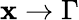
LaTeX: \mathbf{x}\rightarrow\Gamma